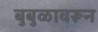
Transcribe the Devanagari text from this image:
बुबुळावरून